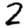
Digit: 2